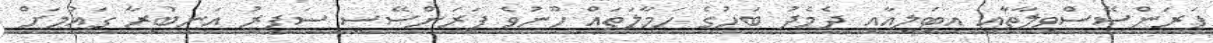
ފަރަަންސޭސްވިލާތާއި އިޓަލީއާއި ދެމެދު ބަހުގެ ހަމާލަތައް ހޫނުވެ ފަރަންސޭސީ ސަފީރު އަނބުރާ ގައުމަށް